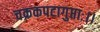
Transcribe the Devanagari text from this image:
चक्रकपटागुप्ताः।।